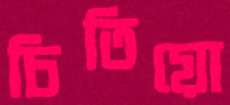
চিতিয়ো